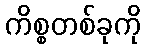
ကိစ္စတစ်ခုကို